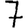
Digit: 7